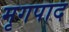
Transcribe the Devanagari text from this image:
मृगपाद